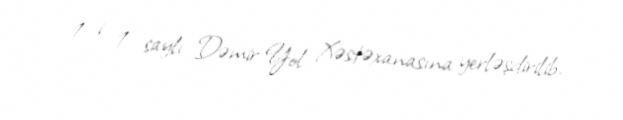
1- i 1 saylı Dəmir Yol Xəstəxanasına yerləşdirilib.